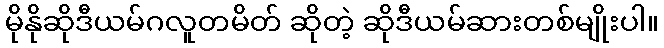
မိုနိုဆိုဒီယမ်ဂလူတမိတ် ဆိုတဲ့ ဆိုဒီယမ်ဆားတစ်မျိုးပါ။